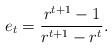
\begin{align*}e_t=\frac{r^{t+1}-1}{r^{t+1}-r^t}. \end{align*}